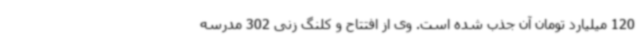
120 میلیارد تومان آن جذب شده است. وی از افتتاح و کلنگ زنی 302 مدرسه